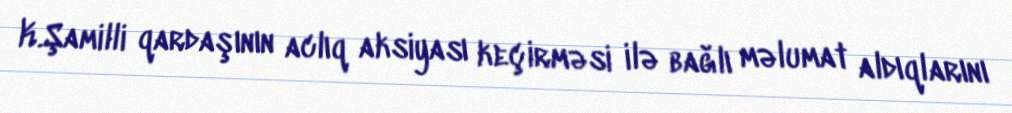
K.Şamilli qardaşının aclıq aksiyası keçirməsi ilə bağlı məlumat aldıqlarını